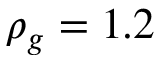
\rho _ { g } = 1 . 2